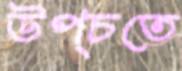
উপ্‌চতে